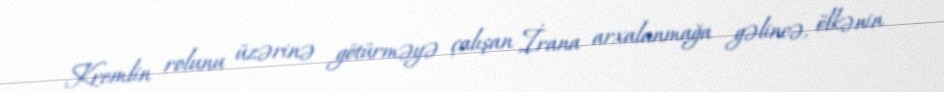
Kremlin rolunu üzərinə götürməyə çalışan İrana arxalanmağa gəlincə, ölkənin